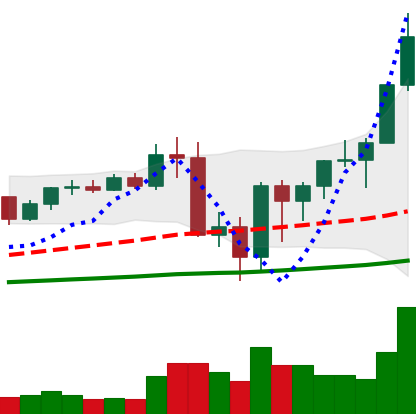
Ticker: BNB-USD
Chart end date: 2020-09-13
Forward return: -11.781%
Label: down_7plus